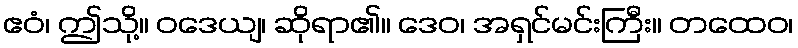
ဧဝံ၊ ဤသို့။ ဝဒေယျ၊ ဆိုရာ၏။ ဒေဝ၊ အရှင်မင်းကြီး။ တထေဝ၊